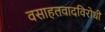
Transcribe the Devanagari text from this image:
वसाहतवादविरोधी